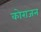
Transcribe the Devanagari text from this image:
कोराजन